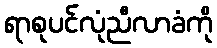
ရာစုပင်လုံညီလာခံကို